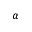
\alpha